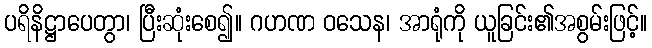
ပရိနိဋ္ဌာပေတွာ၊ ပြီးဆုံးစေ၍။ ဂဟဏ ဝသေန၊ အာရုံကို ယူခြင်း၏အစွမ်းဖြင့်။